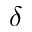
\delta